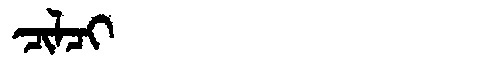
Manchu: ᠴᡳᠯᠴᡳ
Romanization: CILCI